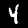
Label: 4